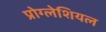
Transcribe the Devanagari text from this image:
प्रोग्लेशियल